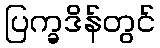
ပြက္ခဒိန်တွင်